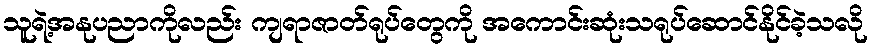
သူရဲ့အနုပညာကိုလည်း ကျရာဇာတ်ရုပ်တွေကို အကောင်းဆုံးသရုပ်ဆောင်နိုင်ခဲ့သလို